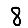
Digit: 8